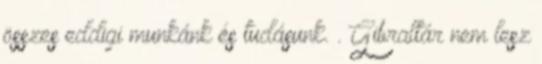
összes eddigi munkánk és tudásunk. . Gibraltár nem lesz